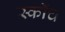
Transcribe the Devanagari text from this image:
स्‍कॉच